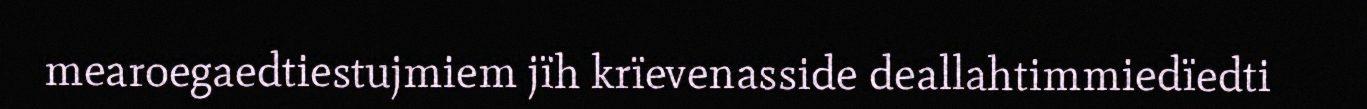
mearoegaedtiestujmiem jïh krïevenasside deallahtimmiedïedti